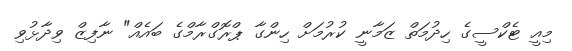
މިއީ ޓެކްސީގެ ހިދުމަތް ޒަމާނީ ކުރުމަށް ހިންގާ ޕްރޮގްރާމްގެ ބައެއް" ނާފިޒް ވިދާޅުވި